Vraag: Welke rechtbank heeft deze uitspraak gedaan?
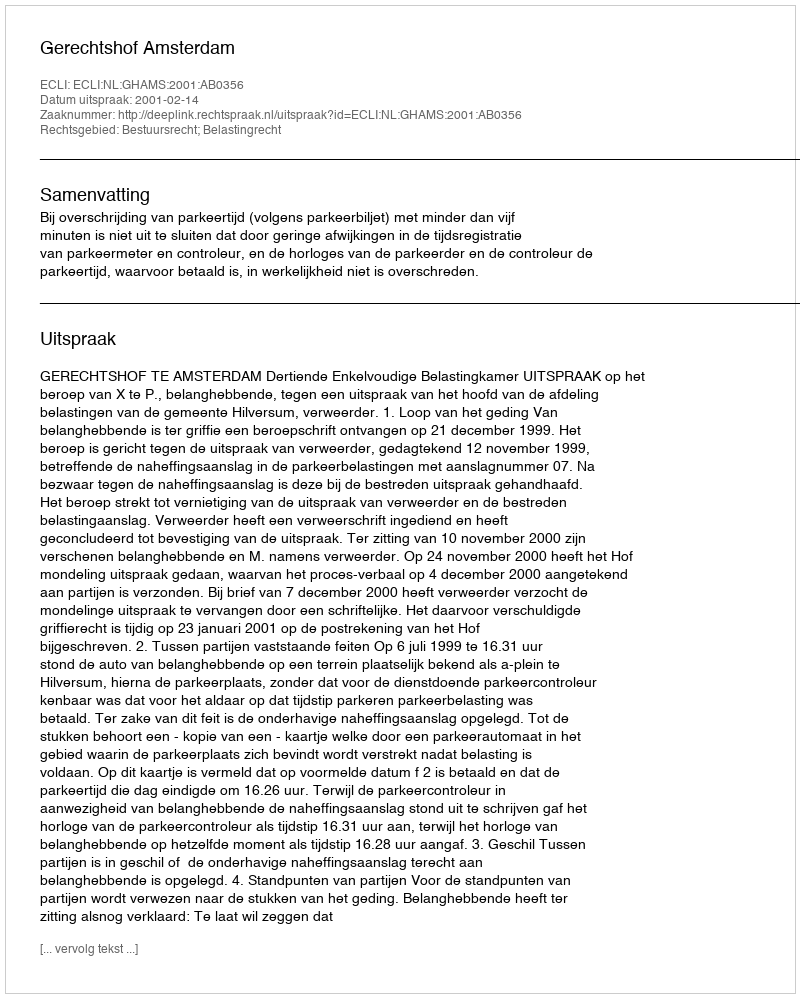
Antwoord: Gerechtshof Amsterdam